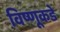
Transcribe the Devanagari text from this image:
विष्णूकडे